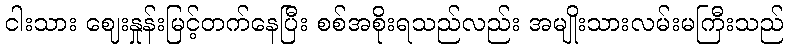
ငါးသား ဈေးနှုန်းမြင့်တက်နေပြီး စစ်အစိုးရသည်လည်း အမျိုးသားလမ်းမကြီးသည်